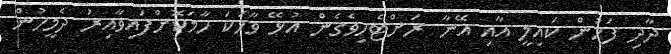
ދާދި ފަހުން ކައިލީ އާއި އޭނާ ރަށްޓެހިވެގެން އުޅޭ ވާހަކަ ހާމަކޮށްފައިވާއިރު ދެމީހުން